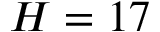
H = 1 7